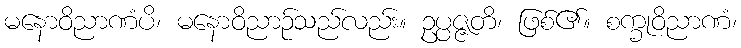
မနောဝိညာဏံပိ၊ မနောဝိညာဉ်သည်လည်း။ ဥပ္ပဇ္ဇတိ၊ ဖြစ်၏။ စက္ခုဝိညာဏံ၊